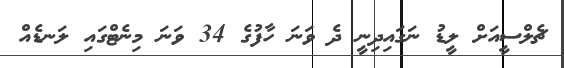
ޗެލްސީއަށް ލީޑު ނަގައިދިނީ ދެ ވަނަ ހާފުގެ 34 ވަނަ މިނެޓްގައި ލަނޑެއް